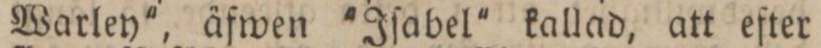
Warley', äfwen 'Iſabel' kallad, att efter